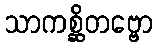
သာကစ္ဆိတဗ္ဗော